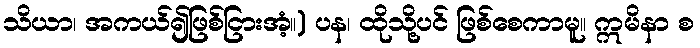
သိယာ၊ အကယ်၍ဖြစ်ငြားအံ့။) ပန၊ ထိုသို့ပင် ဖြစ်စေကာမူ။ ဣမိနာ စ